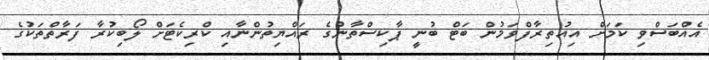
އެއްބަސްވި ކަމަށް އިއުތިރާފްވަމުން ބަޓް ބުނީ ޕާކިސްތާނުގެ ރައްޔިތުންނާއި ކްރިކެޓަށް ލޯބިކުރާ ފަރާތްތަކުގެ